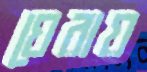
ঘেরায়